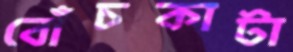
বোঁচকাটা